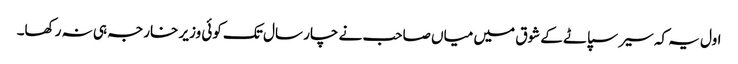
اول یہ کہ سیر سپاٹے کے شوق میں میاں صاحب نے چار سال تک کوئی وزیر خارجہ ہی نہ رکھا۔